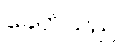
ခေတ်သည်